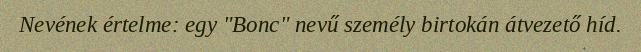
Nevének értelme: egy "Bonc" nevű személy birtokán átvezető híd.